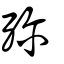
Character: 殄